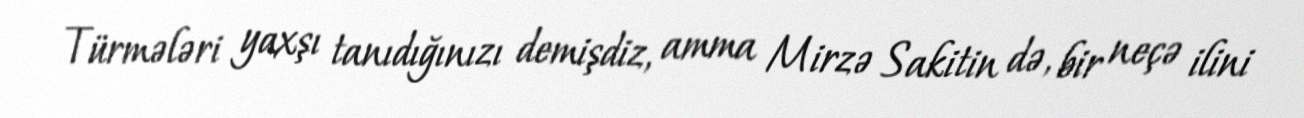
Türmələri yaxşı tanıdığınızı demişdiz, amma Mirzə Sakitin də, bir neçə ilini